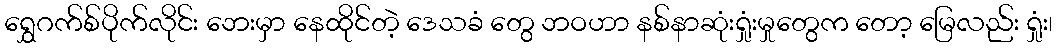
ရွှေဂက်စ်ပိုက်လိုင်း ဘေးမှာ နေထိုင်တဲ့ ဒေသခံ တွေ ဘဝဟာ နစ်နာဆုံးရှုံးမှုတွေက တော့ မြေလည်း ရှုံး၊